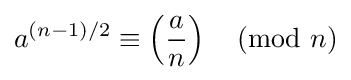
a^{(n-1)/2}\equiv \left({\frac {a}{n}}\right){\pmod {n}}